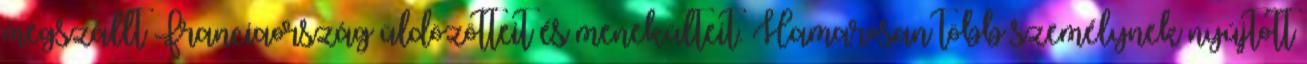
megszállt Franciaország üldözötteit és menekülteit. Hamarosan több személynek nyújtott